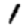
Digit: 1